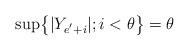
LaTeX: \begin{align*}\sup\bigr\{|Y_{e^{'}+i}|;i<\theta\bigr\}=\theta\end{align*}